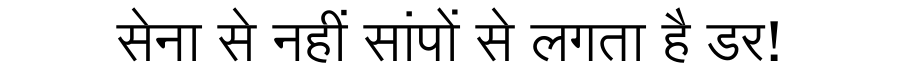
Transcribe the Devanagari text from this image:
सेना से नहीं सांपों से लगता है डर!